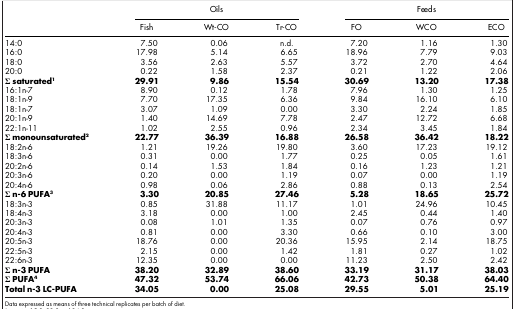
<table><thead><tr><td><b> </b></td><td colspan="3"><b>Oils</b></td><td colspan="3"><b>Feeds</b></td></tr><tr><td><b> </b></td><td><b>Fish</b></td><td><b>Wt-CO</b></td><td><b>Tr-CO</b></td><td><b>FO</b></td><td><b>WCO</b></td><td><b>ECO</b></td></tr></thead><tbody><tr><td>14:0</td><td>7.50</td><td>0.06</td><td>n.d.</td><td>7.20</td><td>1.16</td><td>1.30</td></tr><tr><td>16:0</td><td>17.98</td><td>5.14</td><td>6.65</td><td>18.96</td><td>7.79</td><td>9.03</td></tr><tr><td>18:0</td><td>3.56</td><td>2.63</td><td>5.57</td><td>3.72</td><td>2.70</td><td>4.64</td></tr><tr><td>20:0</td><td>0.22</td><td>1.58</td><td>2.37</td><td>0.21</td><td>1.22</td><td>2.06</td></tr><tr><td><b>Σ saturated</b>1</td><td><b>29.91</b></td><td><b>9.86</b></td><td><b>15.54</b></td><td><b>30.69</b></td><td><b>13.20</b></td><td><b>17.38</b></td></tr><tr><td>16:1n-7</td><td>8.90</td><td>0.12</td><td>1.78</td><td>7.96</td><td>1.30</td><td>1.25</td></tr><tr><td>18:1n-9</td><td>7.70</td><td>17.35</td><td>6.36</td><td>9.84</td><td>16.10</td><td>6.10</td></tr><tr><td>18:1n-7</td><td>3.07</td><td>1.09</td><td>0.00</td><td>3.30</td><td>2.24</td><td>1.85</td></tr><tr><td>20:1n-9</td><td>1.40</td><td>14.69</td><td>7.78</td><td>2.47</td><td>12.72</td><td>6.68</td></tr><tr><td>22:1n-11</td><td>1.02</td><td>2.55</td><td>0.96</td><td>2.34</td><td>3.45</td><td>1.84</td></tr><tr><td><b>Σ monounsaturated</b>2</td><td><b>22.77</b></td><td><b>36.39</b></td><td><b>16.88</b></td><td><b>26.58</b></td><td><b>36.42</b></td><td><b>18.22</b></td></tr><tr><td>18:2n-6</td><td>1.21</td><td>19.26</td><td>19.80</td><td>3.60</td><td>17.23</td><td>19.12</td></tr><tr><td>18:3n-6</td><td>0.31</td><td>0.00</td><td>1.77</td><td>0.25</td><td>0.05</td><td>1.61</td></tr><tr><td>20:2n-6</td><td>0.14</td><td>1.53</td><td>1.84</td><td>0.16</td><td>1.23</td><td>1.21</td></tr><tr><td>20:3n-6</td><td>0.20</td><td>0.00</td><td>1.19</td><td>0.07</td><td>0.00</td><td>1.19</td></tr><tr><td>20:4n-6</td><td>0.98</td><td>0.06</td><td>2.86</td><td>0.88</td><td>0.13</td><td>2.54</td></tr><tr><td><b>Σ n-6 PUFA</b>3</td><td><b>3.30</b></td><td><b>20.85</b></td><td><b>27.46</b></td><td><b>5.28</b></td><td><b>18.65</b></td><td><b>25.72</b></td></tr><tr><td>18:3n-3</td><td>0.85</td><td>31.88</td><td>11.17</td><td>1.01</td><td>24.96</td><td>10.45</td></tr><tr><td>18:4n-3</td><td>3.18</td><td>0.00</td><td>1.00</td><td>2.45</td><td>0.44</td><td>1.40</td></tr><tr><td>20:3n-3</td><td>0.08</td><td>1.01</td><td>1.35</td><td>0.07</td><td>0.76</td><td>0.97</td></tr><tr><td>20:4n-3</td><td>0.81</td><td>0.00</td><td>3.30</td><td>0.66</td><td>0.10</td><td>3.00</td></tr><tr><td>20:5n-3</td><td>18.76</td><td>0.00</td><td>20.36</td><td>15.95</td><td>2.14</td><td>18.75</td></tr><tr><td>22:5n-3</td><td>2.15</td><td>0.00</td><td>1.42</td><td>1.81</td><td>0.27</td><td>1.02</td></tr><tr><td>22:6n-3</td><td>12.35</td><td>0.00</td><td>0.00</td><td>11.23</td><td>2.50</td><td>2.42</td></tr><tr><td><b>Σ n-3 PUFA</b></td><td><b>38.20</b></td><td><b>32.89</b></td><td><b>38.60</b></td><td><b>33.19</b></td><td><b>31.17</b></td><td><b>38.03</b></td></tr><tr><td><b>Σ PUFA</b>4</td><td><b>47.32</b></td><td><b>53.74</b></td><td><b>66.06</b></td><td><b>42.73</b></td><td><b>50.38</b></td><td><b>64.40</b></td></tr><tr><td><b>Total n-3 LC-PUFA</b></td><td><b>34.05</b></td><td><b>0.00</b></td><td><b>25.08</b></td><td><b>29.55</b></td><td><b>5.01</b></td><td><b>25.19</b></td></tr></tbody></table>